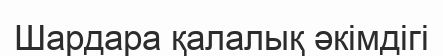
Шардара қалалық әкімдігі